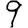
Digit: 9